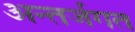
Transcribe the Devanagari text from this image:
अन्तर्जगत